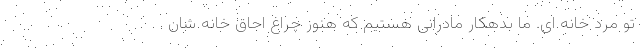
تو مرد خانه ای. ما بدهکار مادرانی هستیم که هنوز چراغ اجاق خانه شان